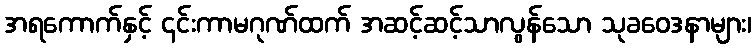
အရကောက်နှင့် ၎င်းကာမဂုဏ်ထက် အဆင့်ဆင့်သာလွန်သော သုခဝေဒနာများ၊